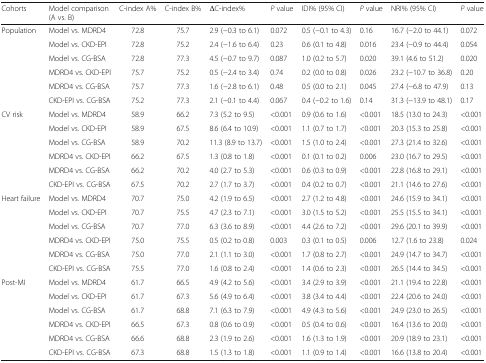
<table><thead><tr><td><b>Cohorts</b></td><td><b>Model comparison (A vs. B)</b></td><td><b>C-index A%</b></td><td><b>C-index B%</b></td><td><b>ΔC-index%</b></td><td><b><i>P</i> value</b></td><td><b>IDI% (95% CI)</b></td><td><b><i>P</i> value</b></td><td><b>NRI% (95% CI)</b></td><td><b><i>P</i> value</b></td></tr></thead><tbody><tr><td rowspan="6">Population</td><td>Model vs. MDRD4</td><td>72.8</td><td>75.7</td><td>2.9 (−0.3 to 6.1)</td><td>0.072</td><td>0.5 (−0.1 to 4.3)</td><td>0.16</td><td>16.7 (−2.0 to 44.1)</td><td>0.072</td></tr><tr><td>Model vs. CKD-EPI</td><td>72.8</td><td>75.2</td><td>2.4 (−1.6 to 6.4)</td><td>0.23</td><td>0.6 (0.1 to 4.8)</td><td>0.016</td><td>23.4 (−0.9 to 44.4)</td><td>0.054</td></tr><tr><td>Model vs. CG-BSA</td><td>72.8</td><td>77.3</td><td>4.5 (−0.7 to 9.7)</td><td>0.087</td><td>1.0 (0.2 to 5.7)</td><td>0.020</td><td>39.1 (4.6 to 51.2)</td><td>0.020</td></tr><tr><td>MDRD4 vs. CKD-EPI</td><td>75.7</td><td>75.2</td><td>0.5 (−2.4 to 3.4)</td><td>0.74</td><td>0.2 (0.0 to 0.8)</td><td>0.026</td><td>23.2 (−10.7 to 36.8)</td><td>0.20</td></tr><tr><td>MDRD4 vs. CG-BSA</td><td>75.7</td><td>77.3</td><td>1.6 (−2.8 to 6.1)</td><td>0.48</td><td>0.5 (0.0 to 2.1)</td><td>0.045</td><td>27.4 (−6.8 to 47.9)</td><td>0.13</td></tr><tr><td>CKD-EPI vs. CG-BSA</td><td>75.2</td><td>77.3</td><td>2.1 (−0.1 to 4.4)</td><td>0.067</td><td>0.4 (−0.2 to 1.6)</td><td>0.14</td><td>31.3 (−13.9 to 48.1)</td><td>0.17</td></tr><tr><td rowspan="6">CV risk</td><td>Model vs. MDRD4</td><td>58.9</td><td>66.2</td><td>7.3 (5.2 to 9.5)</td><td>&lt;0.001</td><td>0.9 (0.6 to 1.6)</td><td>&lt;0.001</td><td>18.5 (13.0 to 24.3)</td><td>&lt;0.001</td></tr><tr><td>Model vs. CKD-EPI</td><td>58.9</td><td>67.5</td><td>8.6 (6.4 to 10.9)</td><td>&lt;0.001</td><td>1.1 (0.7 to 1.7)</td><td>&lt;0.001</td><td>20.3 (15.3 to 25.8)</td><td>&lt;0.001</td></tr><tr><td>Model vs. CG-BSA</td><td>58.9</td><td>70.2</td><td>11.3 (8.9 to 13.7)</td><td>&lt;0.001</td><td>1.5 (1.0 to 2.4)</td><td>&lt;0.001</td><td>27.3 (21.4 to 32.6)</td><td>&lt;0.001</td></tr><tr><td>MDRD4 vs. CKD-EPI</td><td>66.2</td><td>67.5</td><td>1.3 (0.8 to 1.8)</td><td>&lt;0.001</td><td>0.1 (0.1 to 0.2)</td><td>0.006</td><td>23.0 (16.7 to 29.5)</td><td>&lt;0.001</td></tr><tr><td>MDRD4 vs. CG-BSA</td><td>66.2</td><td>70.2</td><td>4.0 (2.7 to 5.3)</td><td>&lt;0.001</td><td>0.6 (0.3 to 0.9)</td><td>&lt;0.001</td><td>22.8 (16.8 to 29.1)</td><td>&lt;0.001</td></tr><tr><td>CKD-EPI vs. CG-BSA</td><td>67.5</td><td>70.2</td><td>2.7 (1.7 to 3.7)</td><td>&lt;0.001</td><td>0.4 (0.2 to 0.7)</td><td>&lt;0.001</td><td>21.1 (14.6 to 27.6)</td><td>&lt;0.001</td></tr><tr><td rowspan="6">Heart failure</td><td>Model vs. MDRD4</td><td>70.7</td><td>75.0</td><td>4.2 (1.9 to 6.5)</td><td>&lt;0.001</td><td>2.7 (1.2 to 4.8)</td><td>&lt;0.001</td><td>24.6 (15.9 to 34.1)</td><td>&lt;0.001</td></tr><tr><td>Model vs. CKD-EPI</td><td>70.7</td><td>75.5</td><td>4.7 (2.3 to 7.1)</td><td>&lt;0.001</td><td>3.0 (1.5 to 5.2)</td><td>&lt;0.001</td><td>25.5 (15.5 to 34.1)</td><td>&lt;0.001</td></tr><tr><td>Model vs. CG-BSA</td><td>70.7</td><td>77.0</td><td>6.3 (3.6 to 8.9)</td><td>&lt;0.001</td><td>4.4 (2.6 to 7.2)</td><td>&lt;0.001</td><td>29.6 (20.1 to 39.9)</td><td>&lt;0.001</td></tr><tr><td>MDRD4 vs. CKD-EPI</td><td>75.0</td><td>75.5</td><td>0.5 (0.2 to 0.8)</td><td>0.003</td><td>0.3 (0.1 to 0.5)</td><td>0.006</td><td>12.7 (1.6 to 23.8)</td><td>0.024</td></tr><tr><td>MDRD4 vs. CG-BSA</td><td>75.0</td><td>77.0</td><td>2.1 (1.1 to 3.0)</td><td>&lt;0.001</td><td>1.7 (0.8 to 2.7)</td><td>&lt;0.001</td><td>24.9 (14.7 to 34.7)</td><td>&lt;0.001</td></tr><tr><td>CKD-EPI vs. CG-BSA</td><td>75.5</td><td>77.0</td><td>1.6 (0.8 to 2.4)</td><td>&lt;0.001</td><td>1.4 (0.6 to 2.3)</td><td>&lt;0.001</td><td>26.5 (14.4 to 34.5)</td><td>&lt;0.001</td></tr><tr><td rowspan="6">Post-MI</td><td>Model vs. MDRD4</td><td>61.7</td><td>66.5</td><td>4.9 (4.2 to 5.6)</td><td>&lt;0.001</td><td>3.4 (2.9 to 3.9)</td><td>&lt;0.001</td><td>21.1 (19.4 to 22.8)</td><td>&lt;0.001</td></tr><tr><td>Model vs. CKD-EPI</td><td>61.7</td><td>67.3</td><td>5.6 (4.9 to 6.4)</td><td>&lt;0.001</td><td>3.8 (3.4 to 4.4)</td><td>&lt;0.001</td><td>22.4 (20.6 to 24.0)</td><td>&lt;0.001</td></tr><tr><td>Model vs. CG-BSA</td><td>61.7</td><td>68.8</td><td>7.1 (6.3 to 7.9)</td><td>&lt;0.001</td><td>4.9 (4.3 to 5.6)</td><td>&lt;0.001</td><td>24.9 (23.0 to 26.5)</td><td>&lt;0.001</td></tr><tr><td>MDRD4 vs. CKD-EPI</td><td>66.5</td><td>67.3</td><td>0.8 (0.6 to 0.9)</td><td>&lt;0.001</td><td>0.5 (0.4 to 0.6)</td><td>&lt;0.001</td><td>16.4 (13.6 to 20.0)</td><td>&lt;0.001</td></tr><tr><td>MDRD4 vs. CG-BSA</td><td>66.6</td><td>68.8</td><td>2.3 (1.9 to 2.6)</td><td>&lt;0.001</td><td>1.6 (1.3 to 1.9)</td><td>&lt;0.001</td><td>20.9 (18.9 to 23.1)</td><td>&lt;0.001</td></tr><tr><td>CKD-EPI vs. CG-BSA</td><td>67.3</td><td>68.8</td><td>1.5 (1.3 to 1.8)</td><td>&lt;0.001</td><td>1.1 (0.9 to 1.4)</td><td>&lt;0.001</td><td>16.6 (13.8 to 20.4)</td><td>&lt;0.001</td></tr></tbody></table>